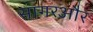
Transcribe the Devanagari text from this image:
सागरऔर